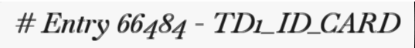
# Entry 66484 - TD1_ID_CARD